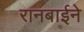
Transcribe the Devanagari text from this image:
रानबाईने